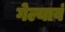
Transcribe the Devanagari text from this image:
गेल्यावं